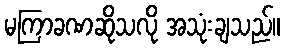
မကြာခဏဆိုသလို အသုံးချသည်။